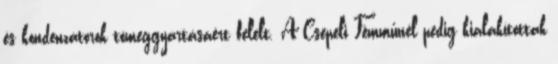
és kondenzátorok tömeggyártásáért felelt. A Csepeli Fémműnél pedig kialakítottak